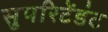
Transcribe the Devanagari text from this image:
सुपरिटेंडंट